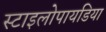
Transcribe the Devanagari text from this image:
स्टाइलोपायडिया